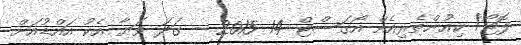
ފޮޓޯ/ ކިއުންތެރިއެއް އޯގަސްޓް 14 2015 - ގަދަ ވަޔާ އެކު އައްޑުއަށް